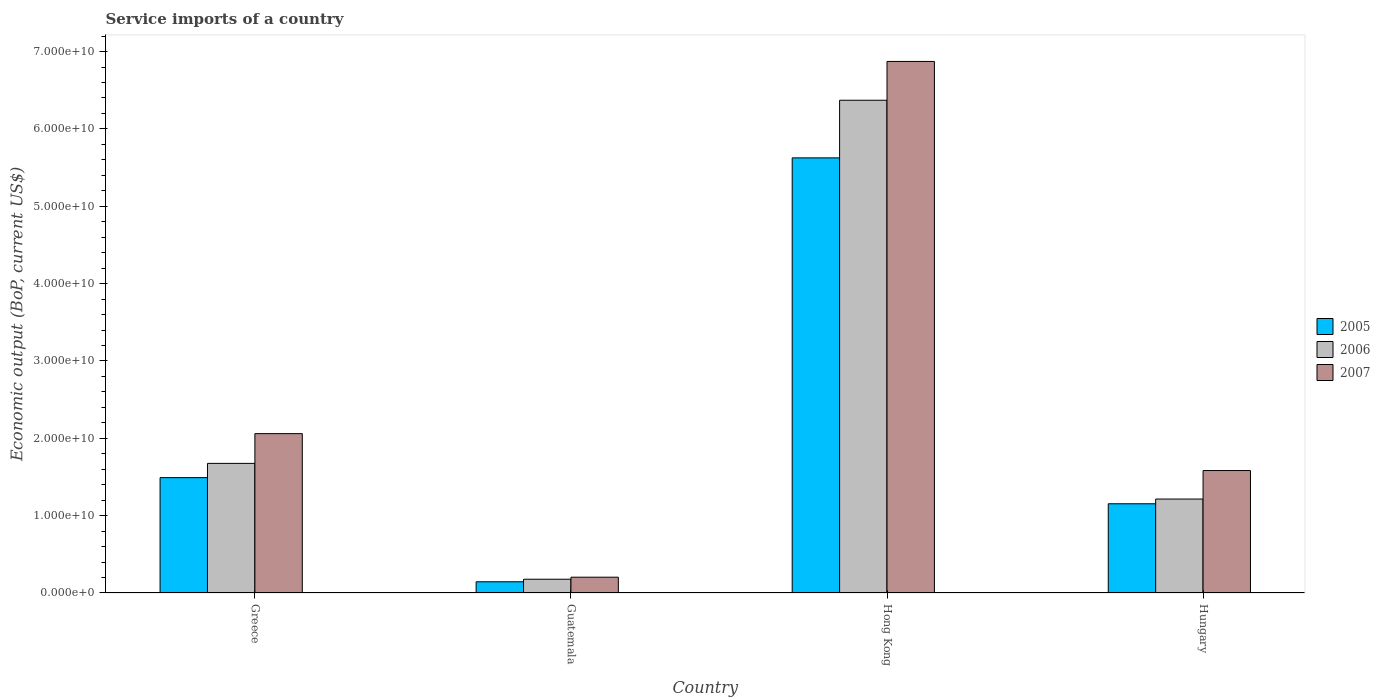
| Country | 2005 | 2006 | 2007 |
 | --- | --- | --- | --- |
 | Greece | 1.49e+10 | 1.68e+10 | 2.06e+10 |
 | Guatemala | 1.45e+09 | 1.78e+09 | 2.04e+09 |
 | Hong Kong | 5.63e+10 | 6.37e+10 | 6.87e+10 |
 | Hungary | 1.15e+10 | 1.21e+10 | 1.58e+10 |